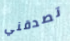
تصدقني